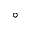
^ \circ